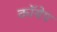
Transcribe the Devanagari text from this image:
कॉयेप